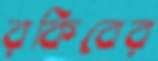
রকিবের